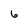
Character: 6